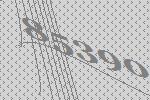
85390